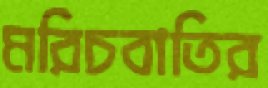
মরিচবাতির